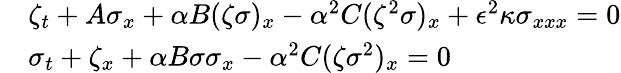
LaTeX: \begin{array}{rl}&{\zeta_{t}+A\sigma_{x}+\alpha B({\zeta}{\sigma})_{x}-\alpha^{2}C({\zeta}^{2}{\sigma})_{x}+\epsilon^{2}\kappa{\sigma}_{xxx}=0}\\ &{\sigma_{t}+\zeta_{x}+\alpha B{\sigma}{\sigma}_{x}-\alpha^{2}C({\zeta}{\sigma}^{2})_{x}=0}\end{array}